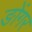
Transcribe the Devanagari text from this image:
ङोंगर